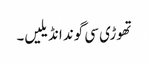
تھوڑی سی گوند انڈیلیں۔